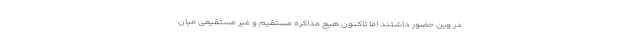
در وین حضور داشتند اما تاکنون هیچ مذاکره مستقیم و غیر مستقیمی میان